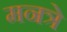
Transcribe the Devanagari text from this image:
मनत्रे